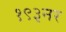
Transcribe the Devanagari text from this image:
१९३नर